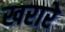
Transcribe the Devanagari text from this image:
खरारे